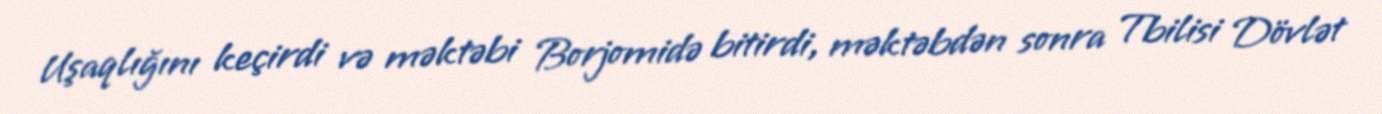
Uşaqlığını keçirdi və məktəbi Borjomidə bitirdi, məktəbdən sonra Tbilisi Dövlət